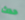
حدث